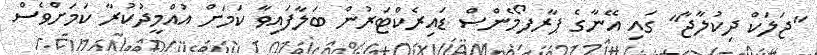
"ޖަލަކް ދިކުލާޖާ" ގައި އޭނާގެ ޕާރފޯމެންސް ޑައިރެކްޓަރުން ބަލާފައިވާ ކަމަށް އުއްމީދުކުރާ ކަމަށްވެސް